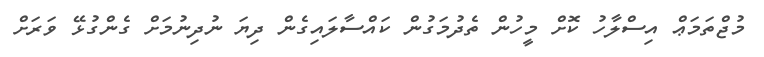
މުޖްތަމަޢް އިސްލާހު ކޮށް މީހުން ތެދުމަގުން ކައްސާލައިގެން ދިޔަ ނުދިނުމަށް ގެންގުޅޭ ވަރަށް